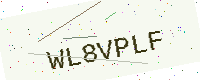
Text: WL8VPLF